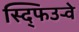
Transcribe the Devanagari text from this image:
स्द्फिउर्‍वे